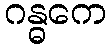
ဂန္ဓကေ